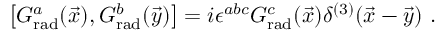
\left[ G _ { \mathrm { r a d } } ^ { a } ( \vec { x } ) , G _ { \mathrm { r a d } } ^ { b } ( \vec { y } ) \right] = i \epsilon ^ { a b c } G _ { \mathrm { r a d } } ^ { c } ( \vec { x } ) \delta ^ { ( 3 ) } ( \vec { x } - \vec { y } ) \ .